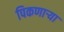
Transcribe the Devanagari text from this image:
पिकणाऱ्या